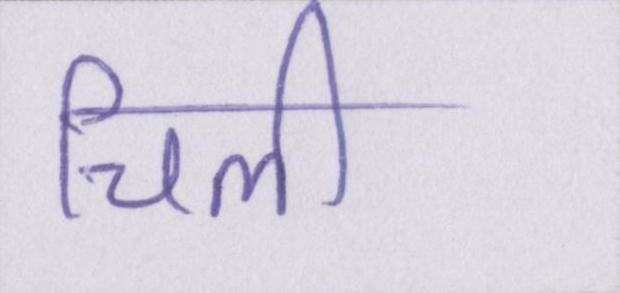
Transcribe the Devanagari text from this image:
चिली